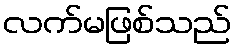
လက်မဖြစ်သည်